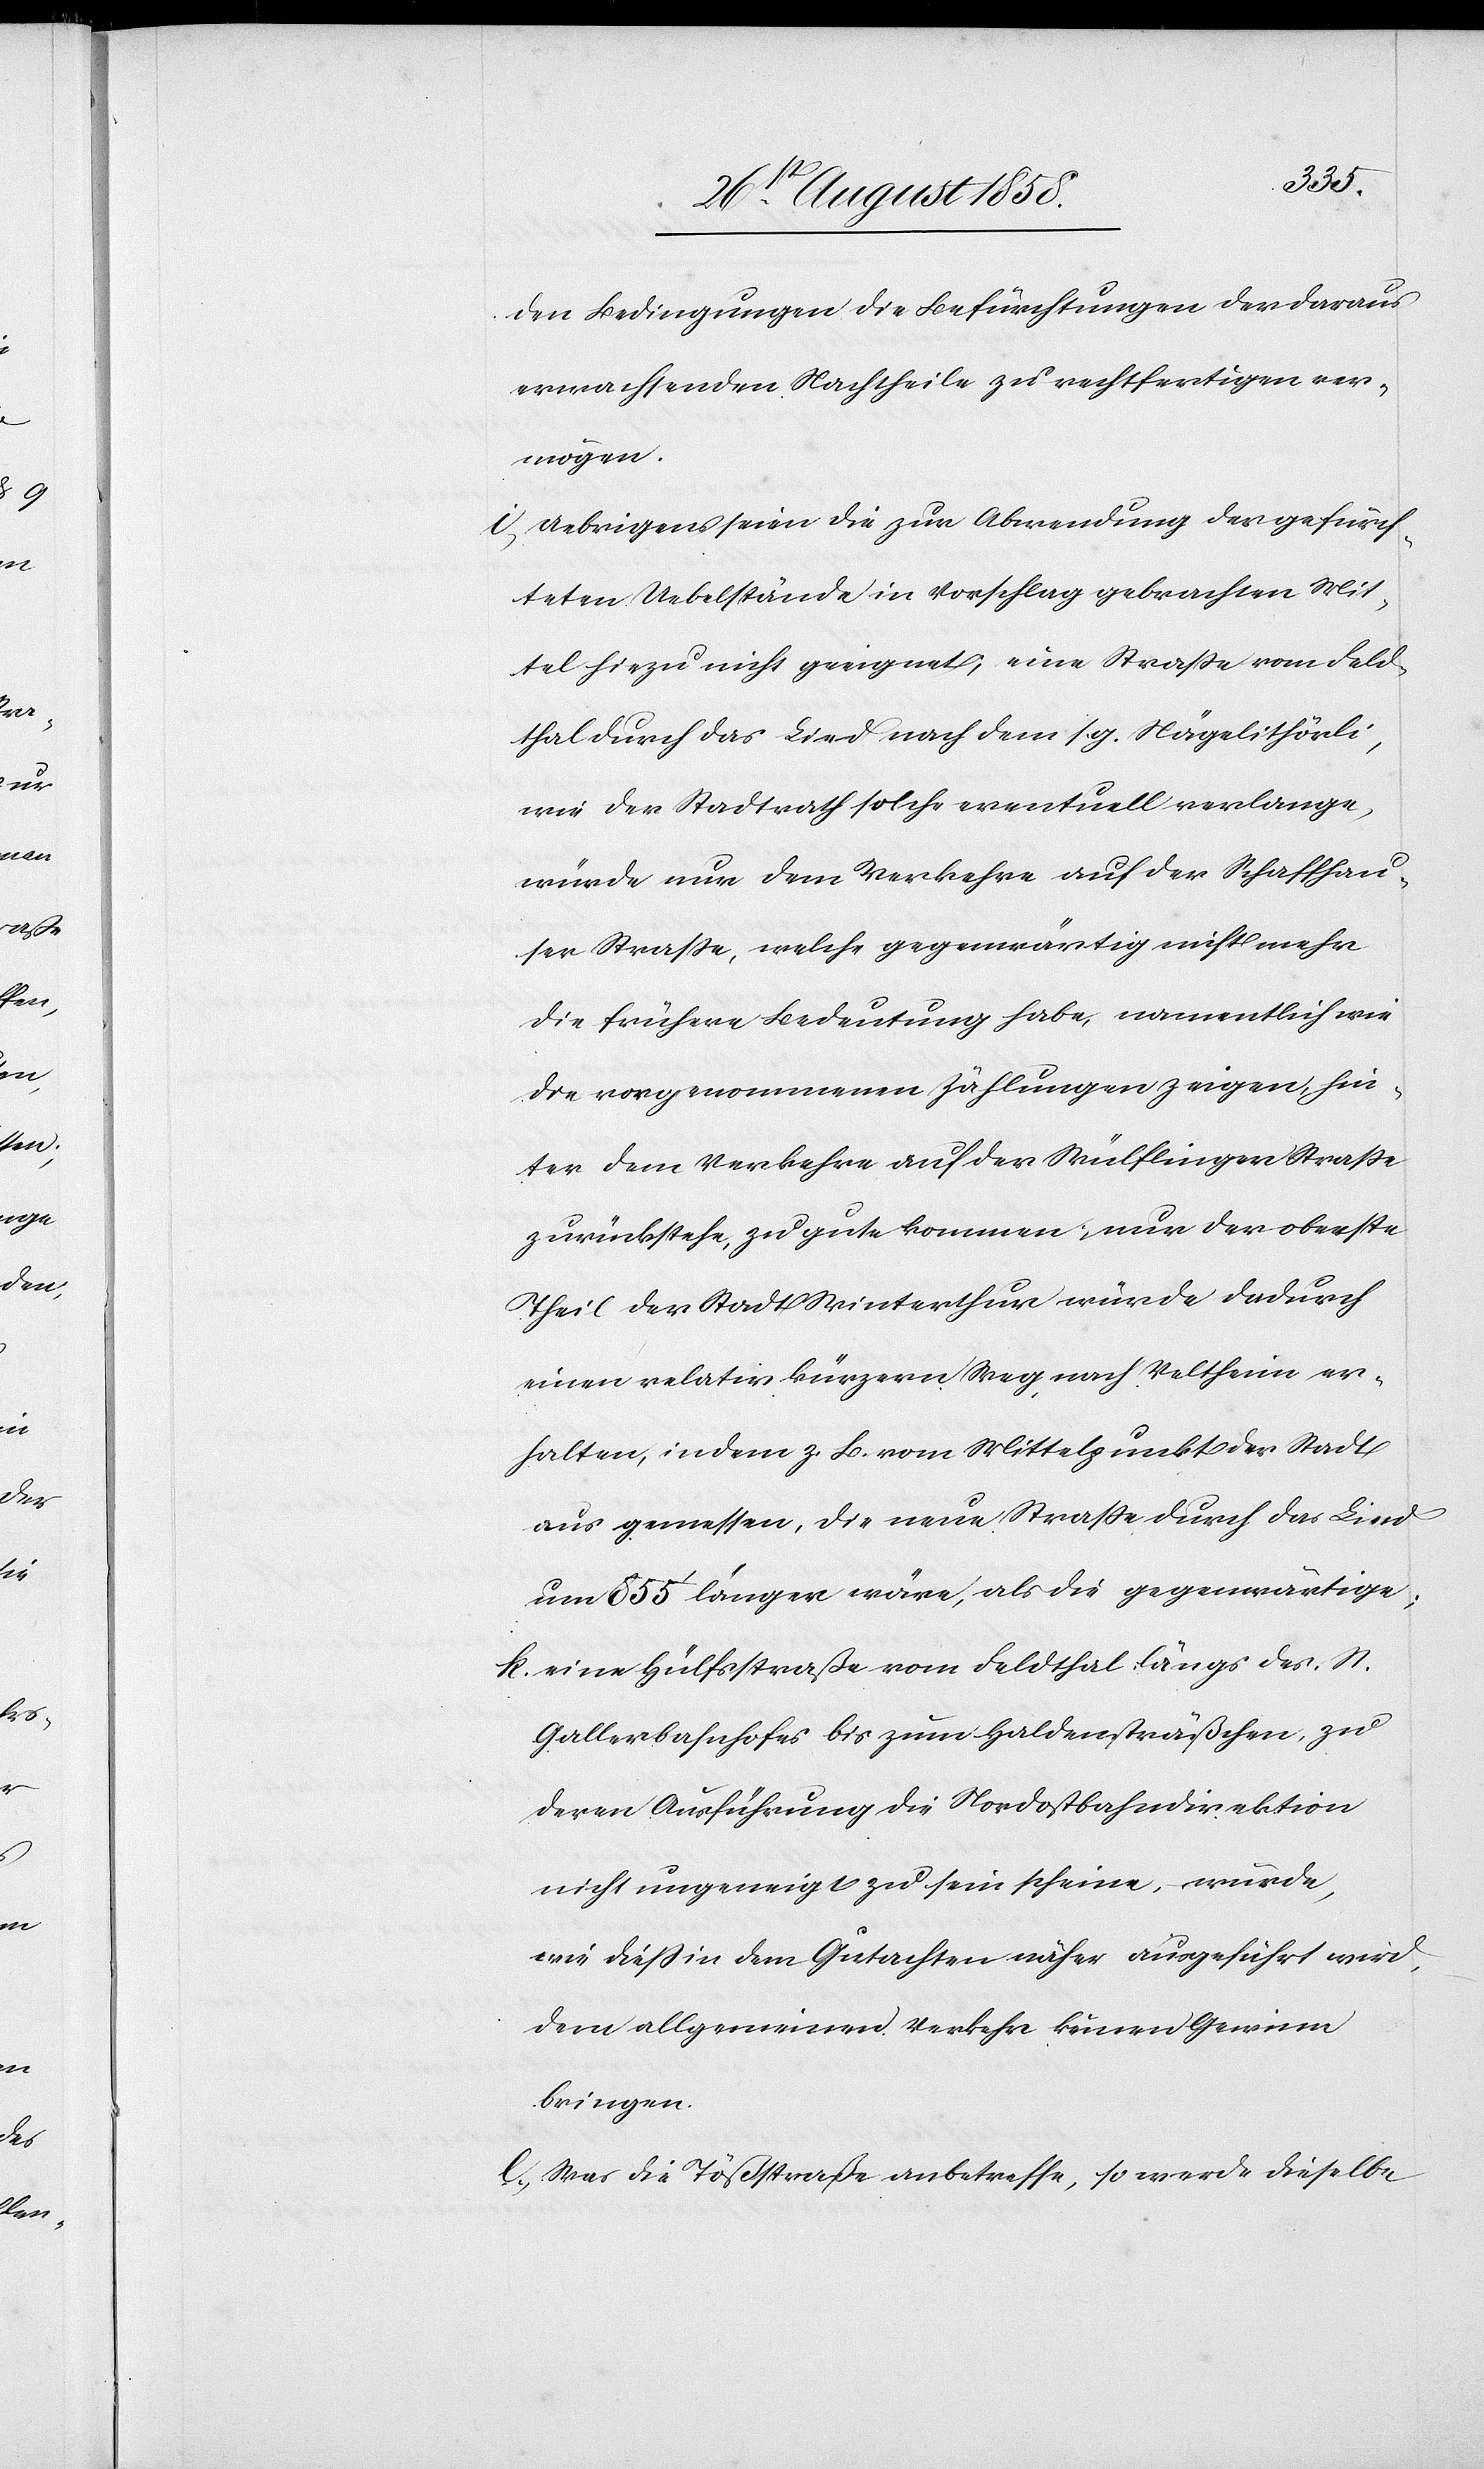
den Bedingungen die Befürchtungen der daraus
erwachsenden Nachtheile zu rechtfertigen ver¬
mögen.
i. Uebrigens seien die zur Abwendung der gefürch¬
teten Uebelstände in Vorschlag gebrachten Mit¬
tel hiezu nicht geeignet, eine Strasse vom Feld¬
thal durch das Lind nach dem s. g. Nägelithörli,
wie der Stadtrath solche eventuell verlange,
würde nur dem Verkehre auf der Schaffhau¬
ser Strasse, welche gegenwärtig nicht mehr
die frühere Bedeutung habe, namentlich wie
die vorgenommenen Zählungen zeigen, hin¬
ter dem Verkehre auf der Wülflinger Strasse
zurückstehe, zu gute kommen; nur der oberste
Theil der Stadt Winterthur würde dadurch
einen relativ kürzern Weg nach Veltheim er¬
halten, indem z. B. vom Mittelpunkt der Stadt
aus gemessen, die neue Strasse durch das Lind
um 855‘ länger wäre, als die gegenwärtige;
k. eine Hülfsstraße vom Feldthal längs des St.
Gallerbahnhofes bis zum Haldensträßchen, zu
deren Ausführung die Nordostbahndirektion
nicht ungeneigt zu sein scheine, würde,
wie diess in dem Gutachten näher ausgeführt wird,
dem allgemeinen Verkehr keinen Gewinn
bringen.
l. Was die Tößstraße anbetreffe, so werde dieselbe